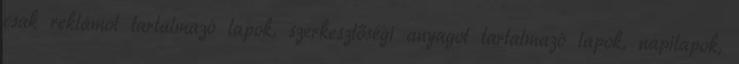
csak reklámot tartalmazó lapok, szerkesztőségi anyagot tartalmazó lapok, napilapok,